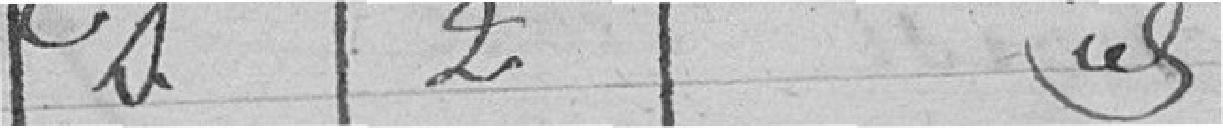
D 2 idem